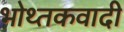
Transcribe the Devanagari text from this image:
भोथ्तकवादी